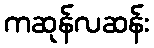
ကဆုန်လဆန်း